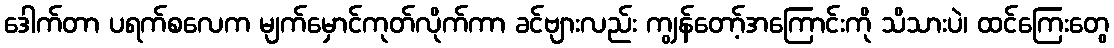
ဒေါက်တာ ပရက်စလေက မျက်မှောင်ကုတ်လိုက်ကာ ခင်ဗျားလည်း ကျွန်တော့်အကြောင်းကို သိသားပဲ၊ ထင်ကြေးတွေ